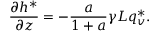
\frac { \partial h ^ { * } } { \partial z } = - \frac { a } { 1 + a } \gamma L q _ { v } ^ { * } .